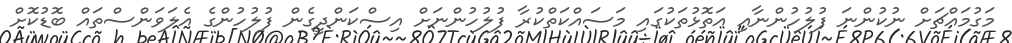
މަގުމައްޗަށް ނުކުންނަ ފުލުހުންނާއި އަތޮޅުތަކުގައި މަސައްކަތްކުރާ ފުލުހުންނަށް އިސްކަންދީގެން ފުލުހުންގެ އެލަވަންސްތައް ބޮޑުކޮށް